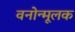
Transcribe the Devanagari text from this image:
वनोन्मूलक